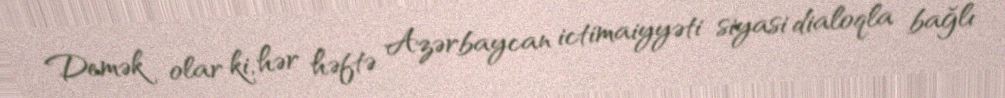
Demək olar ki, hər həftə Azərbaycan ictimaiyyəti siyasi dialoqla bağlı